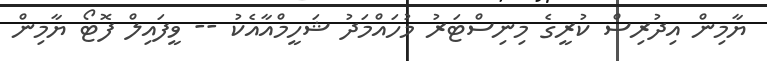
ޔާމިން އިދުރިސް ކުރީގެ މިނިސްޓަރު މުހައްމަދު ޝަހީމްއާއެކު -- ވީފައިލް ފޮޓޯ ޔާމިން